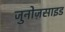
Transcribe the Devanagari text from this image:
जुनोज़साइड